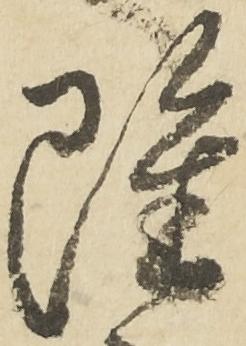
雖